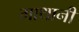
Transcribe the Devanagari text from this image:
गाथानी